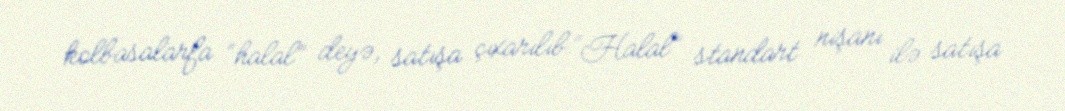
kolbasalarfa “halal” deyə, satışa çıxarılıb.“Halal” standart nişanı ilə satışa